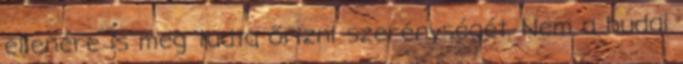
ellenére is meg tudta őrizni szerénységét. Nem a budai